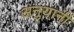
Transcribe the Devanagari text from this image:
अनुयानी